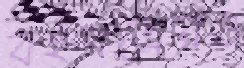
বইপত্রেরও